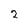
Character: 2